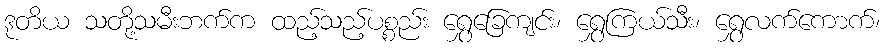
ဒုတိယ သတို့သမီးဘက်က ထည့်သည့်ပစ္စည်း ရွှေခြေကျင်း၊ ရွှေကြယ်သီး၊ ရွှေလက်ကောက်၊